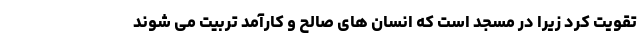
تقویت کرد زیرا در مسجد است که انسان های صالح و کارآمد تربیت می شوند